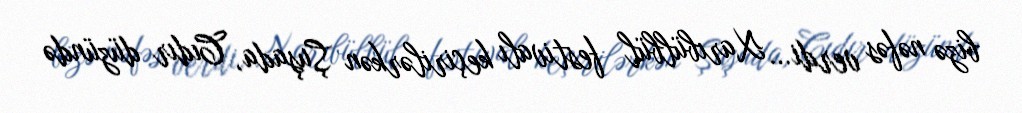
bizə nəfəs verdi... Xarıbülbül festivalı keçirilərkən Şuşada, Cıdır düzündə